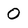
Character: 0